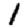
Digit: 1